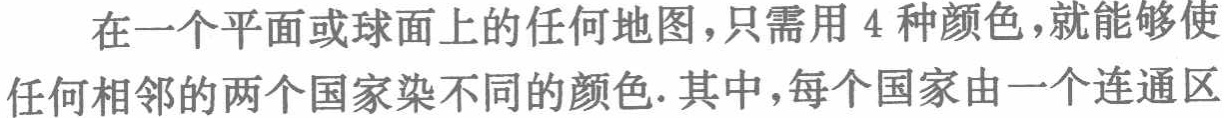
在一个平面或球面上的任何地图，只需用 4 种颜色，就能够使任何相邻的两个国家染不同的颜色. 其中，每个国家由一个连通区